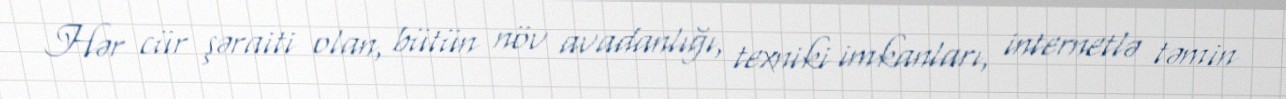
Hər cür şəraiti olan, bütün növ avadanlığı, texniki imkanları, internetlə təmin